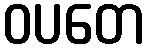
ဝပတေ